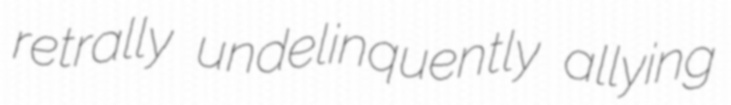
retrally undelinquently allying